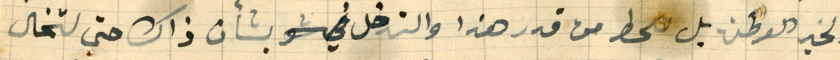
ولخير الوطن بل للحط من قدر هذا والتدخل بشأن ذاك حتى لتخال